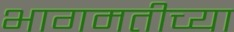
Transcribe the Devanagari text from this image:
भागमतीच्या